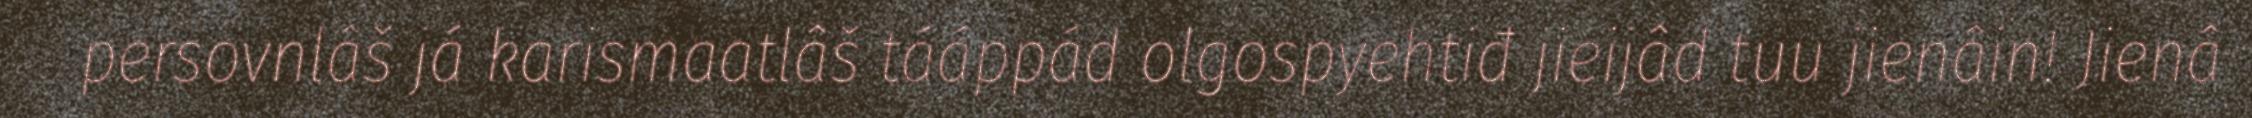
persovnlâš já karismaatlâš tááppád olgospyehtiđ jieijâd tuu jienâin! Jienâ